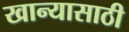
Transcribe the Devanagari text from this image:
खान्यासाठी